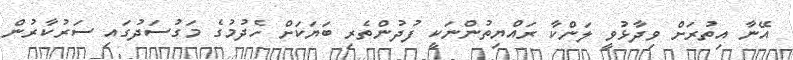
އޭނާ އިތުރަށް ވިދާޅުވީ ލަންކާ ރައްޔިތުންނަކީ ފުދުންތެރި ބަޔަކަށް ހެދުމުގެ މަގުސަދުގައި ސަރުކާރުން